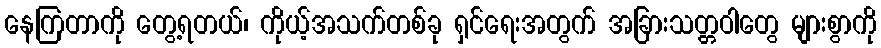
နေကြတာကို တွေ့ရတယ်၊ ကိုယ့်အသက်တစ်ခု ရှင်ရေးအတွက် အခြားသတ္တဝါတွေ များစွာကို